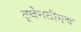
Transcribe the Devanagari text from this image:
ट्वेनटीएथ